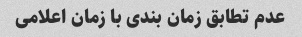
عدم تطابق زمان بندی با زمان اعلامی